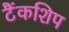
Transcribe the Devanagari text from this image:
टैंकशिप